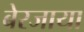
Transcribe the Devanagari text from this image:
बेरजाया